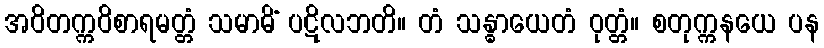
အဝိတက္ကဝိစာရမတ္တံ သမာဓိံ ပဋိလဘတိ။ တံ သန္ဓာယေတံ ဝုတ္တံ။ စတုက္ကနယေ ပန